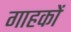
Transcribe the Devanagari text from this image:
गाहकों